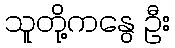
သူတို့ကနွေ ဦး